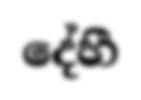
දේහී